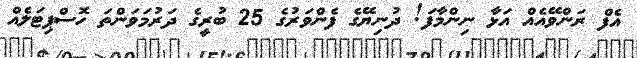
އެފް ރަންވޭއެއް އަޅާ ނިންމާފަ! ދުނިޔޭގެ ފެންވަރުގެ 25 ބުރީގެ ދަރުމަވަންތަ ހޮސްޕިޓަލެއް